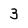
Character: 3